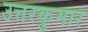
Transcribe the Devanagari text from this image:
उत्तरकुमार